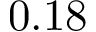
0 . 1 8